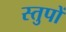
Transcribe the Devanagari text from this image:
स्तुपों